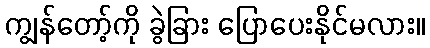
ကျွန်တော့်ကို ခွဲခြား ပြောပေးနိုင်မလား။